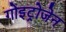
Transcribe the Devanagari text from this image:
गोइट्रोजेन